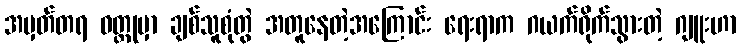
အမှတ်တရ ဝတ္ထုမှာ ချစ်သူစုံတွဲ အတူနေတဲ့အကြောင်း ရေးရာက ဂယက်ရိုက်သွားတဲ့ ဂျူးဟာ